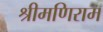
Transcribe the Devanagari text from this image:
श्रीमणिराम